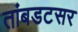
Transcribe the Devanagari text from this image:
तांबडटसर